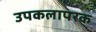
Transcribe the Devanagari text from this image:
उपकलापरक